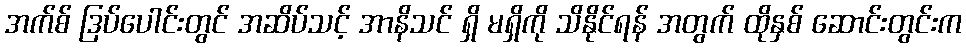
အက်စ် ဒြပ်ပေါင်းတွင် အဆိပ်သင့် အာနိသင် ရှိ မရှိကို သိနိုင်ရန် အတွက် ထိုနှစ် ဆောင်းတွင်းက